Lunatic asylums in Bengal annual reports 1888-1898 - 1888-1898
Year: 1888
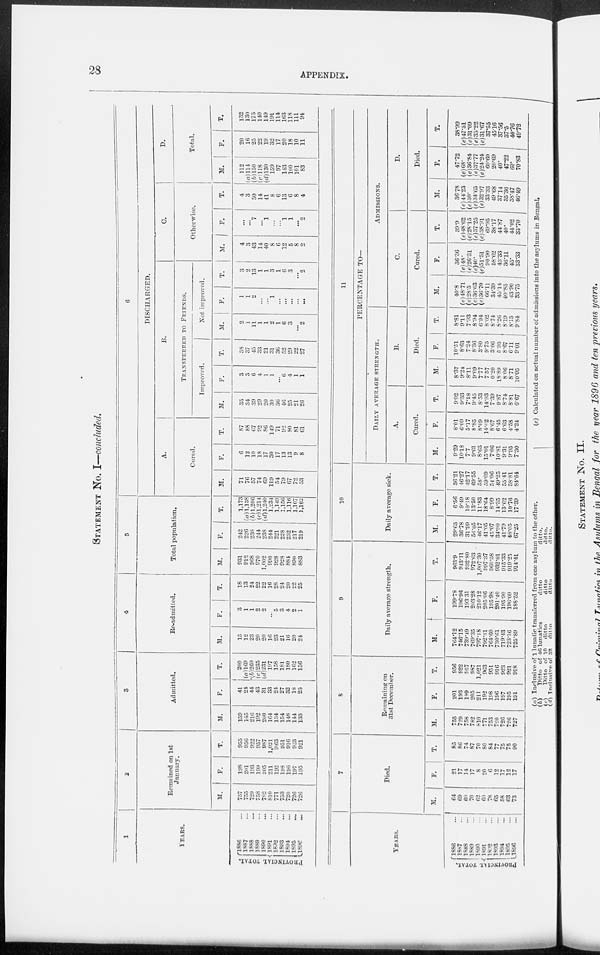
28
APPENDIX.
STATEMENT No. I—concluded.
1
YEARS.
PROVINCIAL TOTAL.
1886 ...
1887 ...
1888 ...
1889 ...
1890 ...
1891 ...
1892 ...
1893
...
1894 ...
1895 ...
1896
...
2
Remained on 1st
January.
M.
757
755
729
758
782
810
771
753
720
726
726
F.
198
201
l93
199
205
211
192
198
196
197
195
T.
955
956
922
957
987
1,021
963
951
916
923
921
3
Admitted.
M.
159
145
216
192
200
164
134
154
148
144
133
F.
41
24
44
43
31
33
24
27
32
18
23
T.
200
(a)169
(b)260
(c)235
(d)231
197
158
181
180
162
156
4
Re-admitted.
M.
15
12
23
20
20
16
23
21
16
20
24
F.
3
1
1
2
2
...
5
3
4
2
1
| T.
18
13
24
22
22
16
28
24
20
22
25
5
Total population.
M.
931
912
968
970
1,002
990
928
928
884
890
883
F.
242
226
238
244
238
244
221
228
232
217
219
T.
1,173
(a)1,138
(b) 1,206
(0 1,214
(d) 1,240
1,234
1,149
1,156
1,110
1,107
1,102
6
DISCHARGED.
A.
Cured.
M.
71
76
57
74
69
119
54
79
67
72
53
F.
6
12
10
18
17
30
17
13
13
9
8
T.
87
88
67
92
86
149
71
92
80
81
61
B.
TRANSFERRED TO FRIENDS.
Improved.
M.
35
34
39
29
20
30
36
46
25
21
26
F.
3
3
6
4
1
1
...
6
4
1
1
T.
38
37
45
33
21
31
36
52
29
22
27
Not improved.
M.
2
1
11
1
1
2
1
6
3
...
2
F.
1
1
2
...
...
1
...
...
...
...
...
T.
3
2
13
1
1
3
1
6
3
...
2
C.
Otherwise.
M.
4
3
43
14
40
8
6
12
5
8
2
F.
...
...
7
...
1
...
...
1
1
...
2
T.
4
3
50
14
41
8
6
13
6
8
4
D.
Total.
M.
112
(a)114
(6)150
(c)118
(d)130
159
97
143
100
101
83
F.
20
16
25
22
19
32
17
20
18
10
11
T.
132
130
175
140
149
191
114
163
118
111
94
YEARS.
PROVINCIAL TOTAL.
1886 ...
1887 ...
1888
...
1889
...
1890 ...
1891
...
1892
...
1893 ...
1894 ...
1895 ...
1896 ...
7
Died.
M.
64
69
60
70
62
60
78 65
58
63
73
F.
21
17
14
17
8
20
6
12
17
12
17
T.
85
86
74
87
70
80
84
77
75
75
90
8
Remaining on
31st December.
M.
755
729
758
782
810
771
753
720
726
726
727
F.
201
193
199
205
211
192
198
196
197
195
191
T.
956
922
957
987
1,021
963
951
916
923
921
918
9
Daily average strength.
M.
764.12
746.15
739.49
769.35
797.18
792.31
764.60
730.61
719.43
723.16
725.89
F.
199.78
196.96
193.31
203.28
210.12
205.06
195.98
201.40
195.90
196.09
188.52
T.
963.9
943.11
932.80
972.63
1,007.30
997.37
960.58
932.01
915.33
919.25
914.41
10
Daily average sick.
M.
29.65
30.78
31.99
56.05
46.17
41.05
45.07
34.90
41.79
48.05
67.25
F.
6.56
9.49
10.18
13.50
11.83
18.64
8.99
14.35
13.62
10.76
17.39
T.
36.21
46.27
42.17
69.55
58.
59.69
54.06
49.25
55.41
58.81
84.64
11
PERCENTAGE TO—
DAILY AVERAGE STRENGTH.
A.
Cured.
M.
9.29
10.18
7.7
9.61
8.65
15.01
7.06
10.81
9.31
9.95
7.30
F.
8.01
6.09
5.17
8.85
8.09
14.62
8.67
6.45
6.63
4.58
4.24
T.
9.02
9.33
7.18
9.45
8.53
14.93
7.39
9.87
8.74
8.81
6.67
B.
Died.
M.
8.37
9.24
8.11
9.09
7.77
7.57
0.20
18.89
8.06
8.71
10.05
F.
10.51
8.63
7.24
8.36
3.80
9.75
3.06
5.95
8.67
6.11
9.01
T.
8.81
9.11
7.93
8.94
6.94
8.02
8.74
8.26
8.19
8.15
9.84
ADMISSIONS.
C.
Cured.
M.
40.8
(e)48.71
(e)28.5
(e)36.63
(e)36.70
66.11
31.39
45.14
40.85
43.90
33.75
F.
36.36
(e)48.
(e)26.31
(e)40.
(e)51.51
90.90
58.62
43.33
30.11
45.
33.33
T.
39.9
(e)48.62
(e)28.15
(e)37.25
(e)38.91
69.95
38.17
44.87
40.
44.02
33.70
D.
Died.
M.
36.78
(e)44.23
(e)30.
(e)34.65
(e)32.97
33.33
49.68
37.14
35.36
38.47
46.49
F.
47.72
(e)68.
(e)36.84
(e)37.77
(e)24.24
60.60
20.69
40.
47.22
60.
70.83
T.
38.99
(e)47.51
(e)31.09
(e)35.22
(e)31.67
37.55
45.16
37.56
37.5
40.76
49.72
(a) Inclusive of 1 lunatic transferred from one asylum to the other.
(b)
Ditto of 46 1unatics
ditto
ditto.
(c)
Ditto of 10
ditto
ditto
ditto.
(d) Inclusive of 32
ditto
ditto
ditto.
(e)Calculated on actual number of admissions into the asylums in Bengal.